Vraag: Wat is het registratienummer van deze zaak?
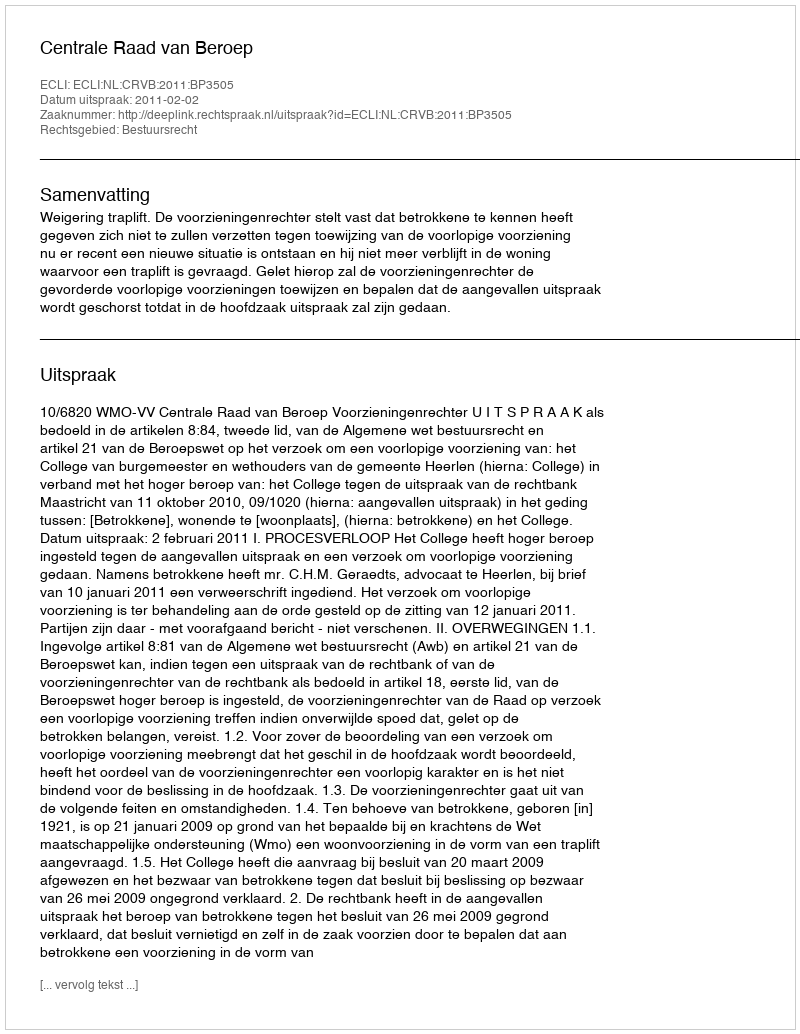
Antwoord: http://deeplink.rechtspraak.nl/uitspraak?id=ECLI:NL:CRVB:2011:BP3505